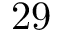
2 9